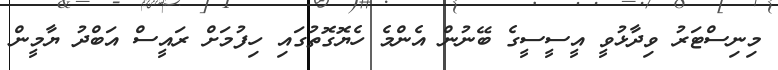
މިނިސްޓަރު ވިދާޅުވީ އީސީސީގެ ބޭނުން އެންމެ ހެޔޮގޮތުގައި ހިފުމަށް ރައީސް އަބްދު ޔާމީން